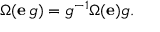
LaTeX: \Omega ( \mathbf { e } \, g ) = g ^ { - 1 } \Omega ( \mathbf { e } ) g .